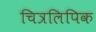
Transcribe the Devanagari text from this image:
चित्रलिपिक